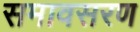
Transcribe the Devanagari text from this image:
समावसरण